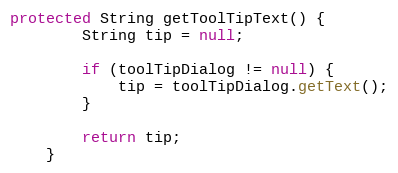
Language: Java
protected String getToolTipText() {
        String tip = null;

        if (toolTipDialog != null) {
            tip = toolTipDialog.getText();
        }

        return tip;
    }